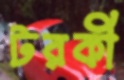
টরকী